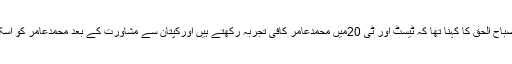
چیف سلیکٹر وہیڈکوچ مصباح الحق کا کہنا تھا کہ ٹیسٹ اور ٹی 20میں محمدعامر کافی تجربہ رکھتے ہیں اورکپتان سے مشاورت کے بعد محمدعامر کو اسکواڈ کا حصہ بنارہے ہیں۔